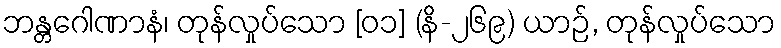
ဘန္တဂေါဏာနံ၊ တုန်လှုပ်သော [၀၁] (နိ-၂၆၉) ယာဉ်, တုန်လှုပ်သော